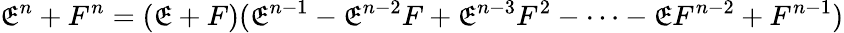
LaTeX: \mathfrak{E}^{n}+F^{n}=(\mathfrak{E}+F)(\mathfrak{E}^{n-1}-\mathfrak{E}^{n-2}F+\mathfrak{E}^{n-3}F^{2}-\cdots-\mathfrak{E}F^{n-2}+F^{n-1})